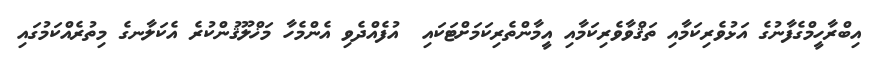
އިބްރާހީމްގެފާނުގެ އަޅުވެރިކަމާއި ތަޤްވާވެރިކަމާއި އީމާންތެރިކަމަށްޓަކައި  އުފެއްދެވި އެންމެހާ މަޚްލޫޤުންކުރެ އެކަލާނގެ މިތުރެއްކަމުގައި